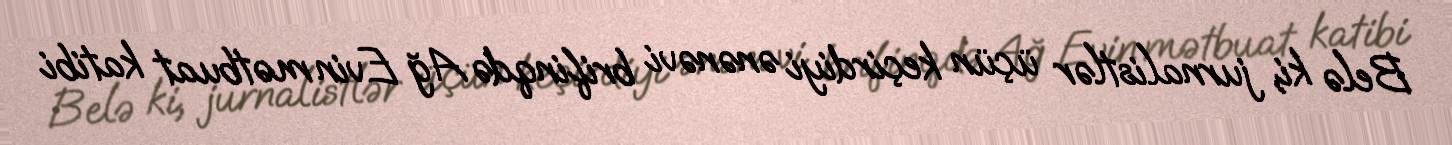
Belə ki, jurnalistlər üçün keçirdiyi ənənəvi brifinqdə Ağ Evin mətbuat katibi